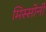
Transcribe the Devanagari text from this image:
मिस्सोनी